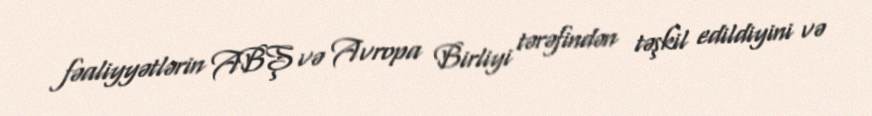
fəaliyyətlərin ABŞ və Avropa Birliyi tərəfindən təşkil edildiyini və